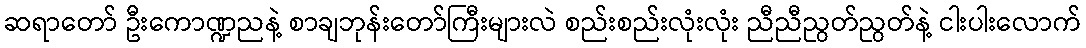
ဆရာတော် ဦးကောဏ္ဍညနဲ့ စာချဘုန်းတော်ကြီးများလဲ စည်းစည်းလုံးလုံး ညီညီညွတ်ညွတ်နဲ့ ငါးပါးလောက်